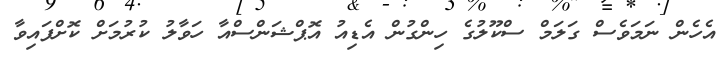
އެހެން ނަމަވެސް ގަލަމް ސްކޫލުގެ ހިންގުން އެޑިއު އޮޕްޝަންސްއާ ހަވާލު ކުރުމަށް ކޮށްފައިވާ